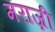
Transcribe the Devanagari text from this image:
मराज़ी